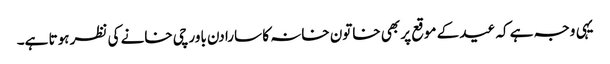
یہی وجہ ہے کہ عید کے موقع پر بھی خاتون خانہ کا سارا دن باورچی خانے کی نظر ہوتا ہے۔